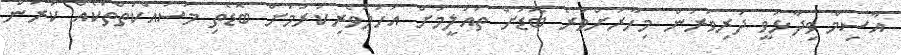
އާސިމް ވިދާޅުވީ ދަރިވަރުން މިހާރަށްވުރެ ބޮޑަށް ތައުލީމަށް އަހުލުވެރިކުރުމަށް ބޮޑެތި މަސައްކަތްތަކެއް ކުރަން